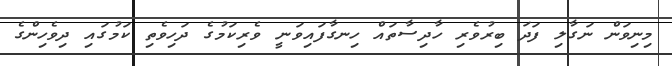
މިނިވަން ނަގާލި ފަދަ ބިރުވެރި ހާދިސާތައް ހިނގާފައިވަނީ ވެރިކަމުގެ ދަހިވެތި ކަމުގައި ދިވެހިންގެ